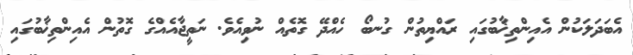
އެބަދަލަކުން އެއިންތިޚާބުގައި ރައްޔިތުން ގުނބޯ ހެއްދޭ ގޮތެއް ނުވިއެވެ. ނަތީޖާއެއްގެ ގޮތުން އެއިންތިޚާބުގައި